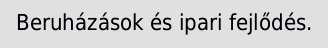
Beruházások és ipari fejlődés.